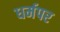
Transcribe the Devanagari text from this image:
धर्मपर